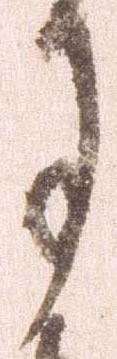
月